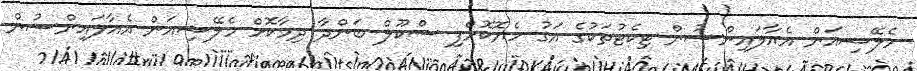
މެލޭޝިއަން އެއާލައިންސުން ޓިކެޓުތަކުގެ އަގު ހެޔޮކޮށްފި ސްކޫލް ބަންދާ ދިމާކޮށް މެލޭޝިއަން އެއާލައިންސުން